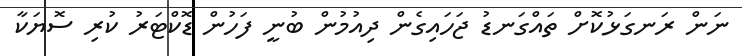
ނަން ރަނގަޅުކޮށް ތައްގަނޑު ޖަހައިގެން ދިއުމުން ބުނީ ފަހުން ޑޮކްޓަރު ކުރި ސޮޔަކާ